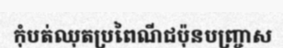
កុំបត់ឈុតប្រពៃណីជប៉ុនបញ្ច្រាស